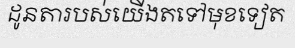
ដូនតារបស់យើងតទៅមុខទៀត